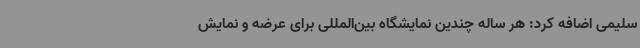
سلیمی اضافه کرد: هر ساله چندین نمایشگاه بین‌المللی برای عرضه و نمایش